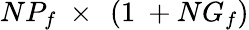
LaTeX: NP_{f}\ \times\ \left(1\ +NG_{f}\right)